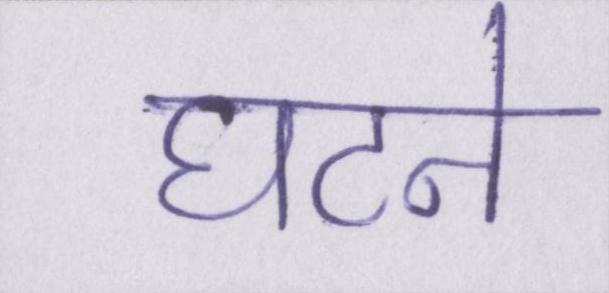
घटने